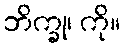
ဘိက္ခု၊ ကို။